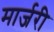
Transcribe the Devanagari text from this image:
मार्जरी